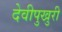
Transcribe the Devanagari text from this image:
देवीपुखुरी